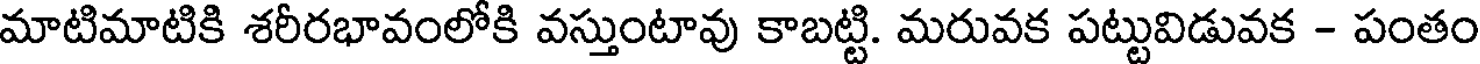
మాటిమాటికి శరీరభావంలోకి వస్తుంటావు కాబట్టి. మరువక పట్టువిడువక - పంతం